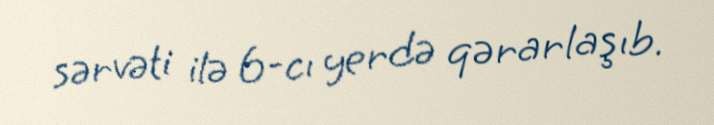
sərvəti ilə 6-cı yerdə qərarlaşıb.